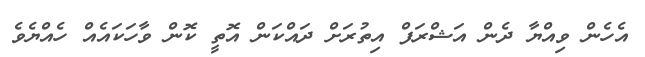
އެހެން ވިއްޔާ ދެން އަޝްރަފް އިތުރަށް ދައްކަން އޮތީ ކޮން ވާހަކައެއް ހެއްޔެވެ